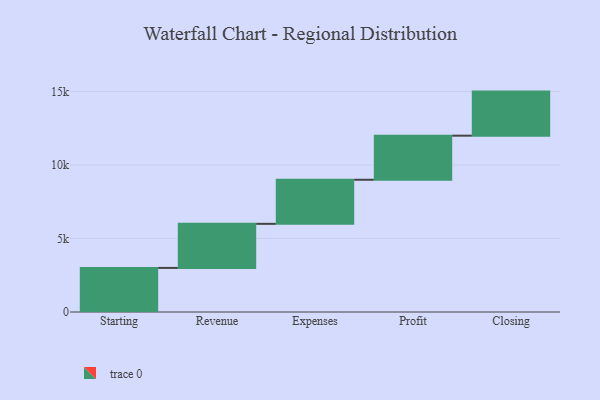
{"axis": {"x": "Step", "y": "Value"}, "legend": [""], "data": [{"x": "Starting", "y": 3000, "type": ""}, {"x": "Revenue", "y": 3000, "type": ""}, {"x": "Expenses", "y": 3000, "type": ""}, {"x": "Profit", "y": 3000, "type": ""}, {"x": "Closing", "y": 3000, "type": ""}]}